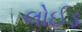
લોઈડ